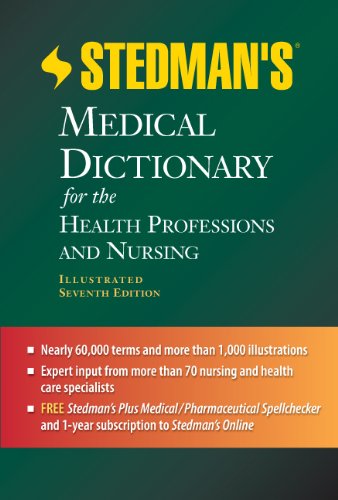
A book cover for Stedman's Medical Dictionary for the Health Professions and Nursing; Stedman's; Medical Books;